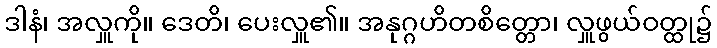
ဒါနံ၊ အလှူကို။ ဒေတိ၊ ပေးလှူ၏။ အနုဂ္ဂဟိတစိတ္တော၊ လှူဖွယ်ဝတ္ထု၌